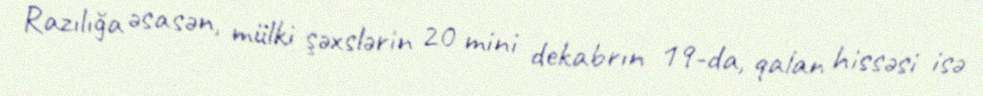
Razılığa əsasən, mülki şəxslərin 20 mini dekabrın 19-da, qalan hissəsi isə